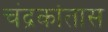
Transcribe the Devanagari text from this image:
चंद्रकांतास